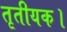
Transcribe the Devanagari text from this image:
तृतीयक।